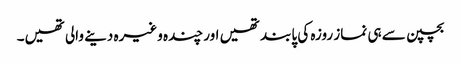
بچپن سے ہی نماز روزہ کی پابند تھیں اور چندہ وغیرہ دینے والی تھیں۔